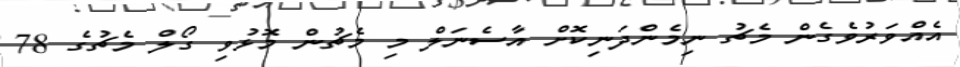
އެއްވަރުވެގެން މެޗު ނިމެންދަނިކޮށް އާސެނަލް މި މެޗުން މޮޅުވި ގޯލް މެޗުގެ 78